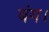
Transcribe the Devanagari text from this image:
बंग।